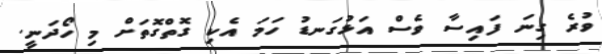
ވުރެ ގިނަ ފައިސާ ވެސް އަޅުގަނޑު ހަމަ އެކި ގޮތްގޮތަށް މި ހޯދަނީ.